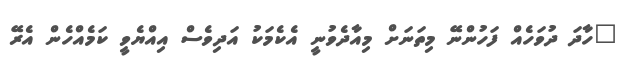
"ހާދަ ދުވަހެއް ފަހުންނޭ މިތަނަށް މިއާދެވުނީ އެކެމަކު އަދިވެސް އިއްޔެވީ ކަމެއްހެން އެރޭ